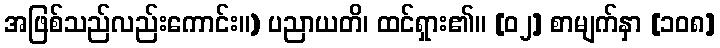
အဖြစ်သည်လည်းကောင်း။) ပညာယတိ၊ ထင်ရှား၏။ [၀၂] စာမျက်နှာ [၁၀၈]